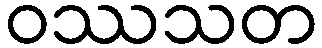
ဝဿသတ